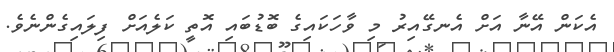
އެކަން އޭނާ އަށް އެނގޭއިރު މި ވާހަކައިގެ ބޮޑުބައި އޮތީ ކަލެއަށް ފިލައިގެންނެވެ.